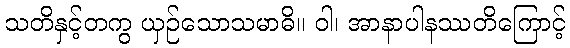
သတိနှင့်တကွ ယှဉ်သောသမာဓိ။ ဝါ၊ အာနာပါနဿတိကြောင့်